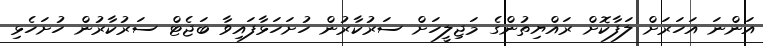
އަންނަ އަހަރަށް ލަފާކޮށް ރައްޔިތުންގެ މަޖިލީހަށް ސަރުކާރުން ހުށަހަޅާފައިވާ ބަޖެޓް ސަރުކާރުން ހުށަހެޅި